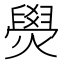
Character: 燢